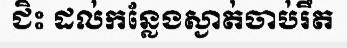
ជិះ ដល់កន្លែងស្ងាត់ចាប់រឹត